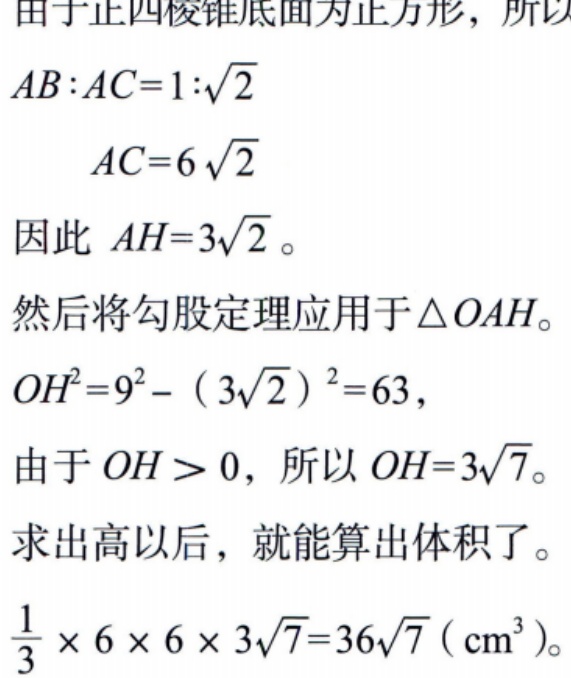
由于正四棱锥底面为正方形，所以
\(AB:AC = 1:\sqrt{2}\)
\(AC = 6\sqrt{2}\)
因此 \(AH = 3\sqrt{2}\)。
然后将勾股定理应用于\(\triangle OAH\)。
\(OH^{2}=9^{2}-(3\sqrt{2})^{2}=63\)，
由于 \(OH > 0\)，所以 \(OH = 3\sqrt{7}\)。
求出高以后，就能算出体积了。
\(\frac{1}{3}\times6\times6\times3\sqrt{7}=36\sqrt{7}(\text{cm}^{3})\)。